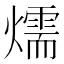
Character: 燸